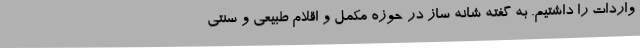
واردات را داشتیم. به گفته شانه ساز در حوزه مکمل و اقلام طبیعی و سنتی